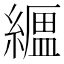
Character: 𦅟